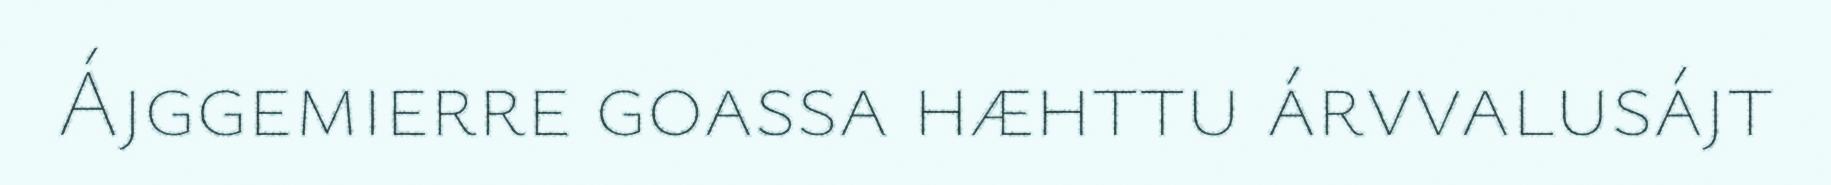
Ájggemierre goassa hæhttu árvvalusájt